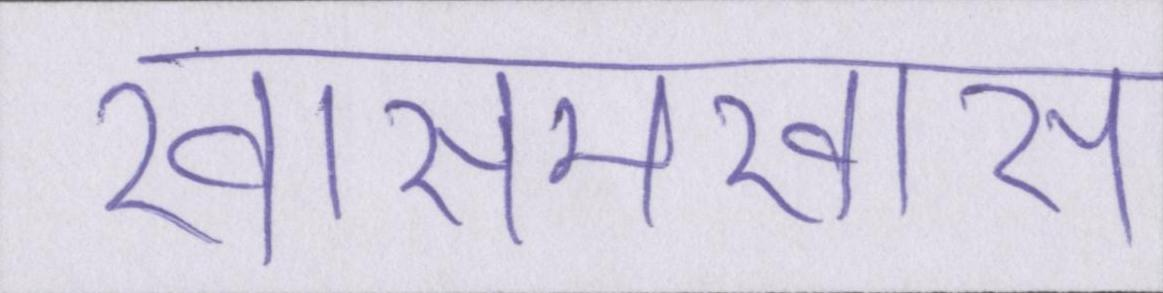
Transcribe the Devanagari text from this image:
खासमखास